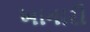
ખાનારી